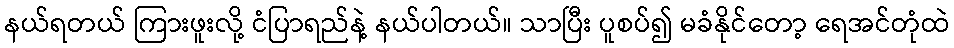
နယ်ရတယ် ကြားဖူးလို့ ငံပြာရည်နဲ့ နယ်ပါတယ်။ သာပြီး ပူစပ်၍ မခံနိုင်တော့ ရေအင်တုံထဲ